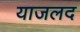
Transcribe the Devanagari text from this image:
याजलद